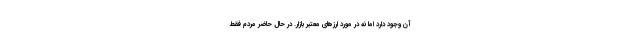
آن وجود دارد اما نه در مورد ارزهای معتبر بازار. در حال حاضر مردم فقط